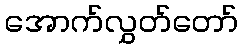
အောက်လွှတ်တော်